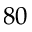
8 0